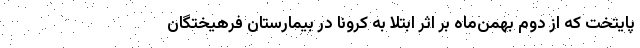
پایتخت که از دوم بهمن‌ماه بر اثر ابتلا به کرونا در بیمارستان فرهیختگان